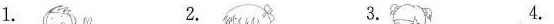
1. 2. 3. 4.